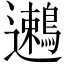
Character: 𬩯